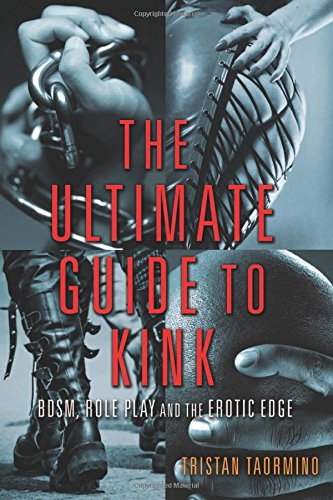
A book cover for The Ultimate Guide to Kink: BDSM, Role Play and the Erotic Edge; Self-Help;